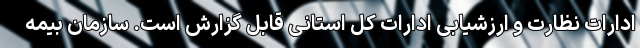
ادارات نظارت و ارزشیابی ادارات کل استانی قابل گزارش است. سازمان بیمه